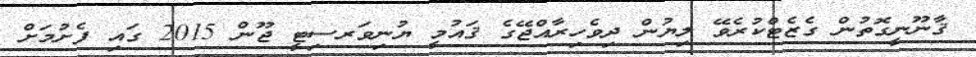
ޤާނޫނީގޮތުން ގެޒެޓްކުރެވޭ ލިޔުން ދިވެހިރާއްޖޭގެ ޤައުމީ ޔުނިވަރސިޓީ ޖޫން 2015 ގައި ފެށުމަށް